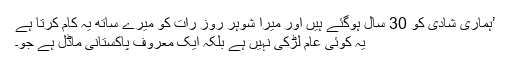
’ہماری شادی کو 30 سال ہوگئے ہیں اور میرا شوہر روز رات کو میرے ساتھ یہ کام کرتا ہے
یہ کوئی عام لڑکی نہیں ہے بلکہ ایک معروف پاکستانی ماڈل ہے جو۔